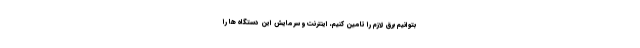
بتوانیم برق لازم را تامین کنیم، اینترنت و سرمایش این دستگاه ها را